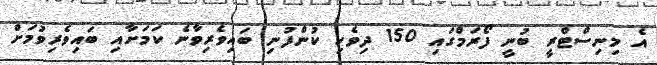
އެ މިނިސްޓްރީ ބުނީ ފޯރަމްގައި 150 ދިވެހި ކުންފުނި ބައިވެރިވާނެ ކަމަށާއި ބައިވެރިވުމަށް